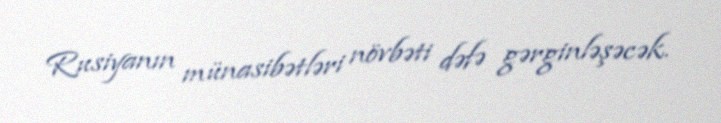
Rusiyanın münasibətləri növbəti dəfə gərginləşəcək.